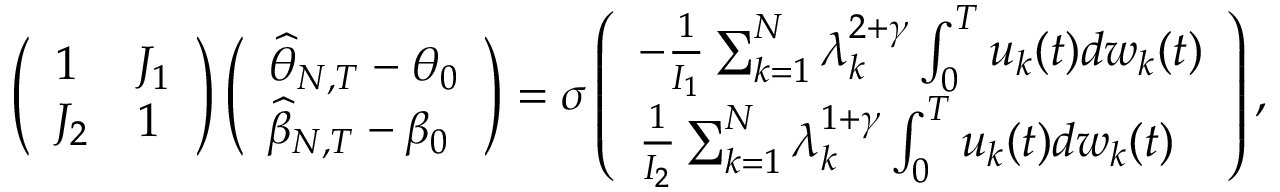
\left( \begin{array} { l l } { 1 } & { J _ { 1 } } \\ { J _ { 2 } } & { 1 } \end{array} \right) \left( \begin{array} { l } { \widehat { \theta } _ { N , T } - \theta _ { 0 } } \\ { \widehat { \beta } _ { N , T } - \beta _ { 0 } } \end{array} \right) = \sigma \left( \begin{array} { l } { - \frac { 1 } { I _ { 1 } } \sum _ { k = 1 } ^ { N } \lambda _ { k } ^ { 2 + \gamma } \int _ { 0 } ^ { T } u _ { k } ( t ) d w _ { k } ( t ) } \\ { \frac { 1 } { I _ { 2 } } \sum _ { k = 1 } ^ { N } \lambda _ { k } ^ { 1 + \gamma } \int _ { 0 } ^ { T } u _ { k } ( t ) d w _ { k } ( t ) } \end{array} \right) ,